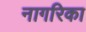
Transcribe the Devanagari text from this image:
नागरिका